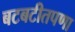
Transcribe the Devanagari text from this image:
बटबटीतपणा